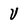
Character: V